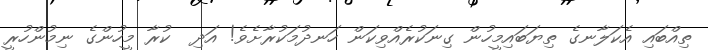
ތިއްބައި އެކަލާނގެ ތިޔަބައިމީހުން ގިނަކުރެއްވިކަން ހަނދުމަކުރާށެވެ! އަދި  ކުރާ މީހުންގެ ނިމުންހުރީ